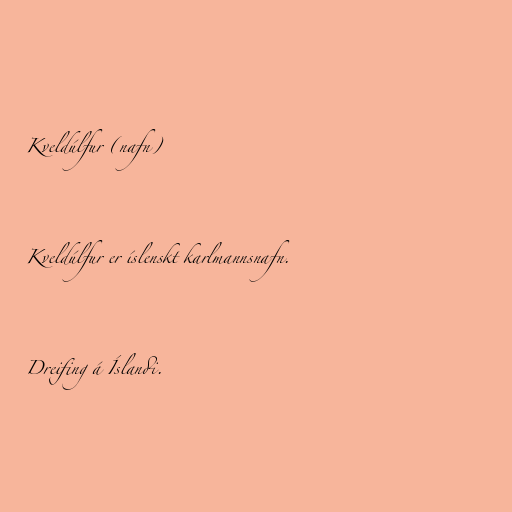
Kveldúlfur (nafn)

Kveldúlfur er íslenskt karlmannsnafn.

Dreifing á Íslandi.